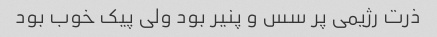
ذرت رژیمی پر سس و پنیر بود ولی پیک خوب بود